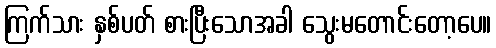
ကြက်သား နှစ်ပတ် စားပြီးသောအခါ သွေးမတောင်းတော့ပေ။